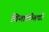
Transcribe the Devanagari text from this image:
तियालीसवी